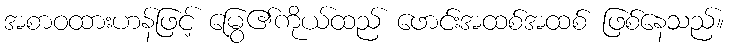
အစာဝထားဟန်ဖြင့် မြွေ၏ကိုယ်ထည် ဖောင်းအထစ်အထစ် ဖြစ်နေသည်။